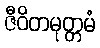
ဇီဝိတမုတ္တမံ